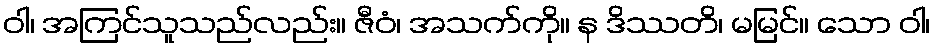
ဝါ၊ အကြင်သူသည်လည်း။ ဇီဝံ၊ အသက်ကို။ န ဒိဿတိ၊ မမြင်။ သော ဝါ၊